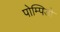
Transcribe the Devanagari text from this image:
पोम्पिडो